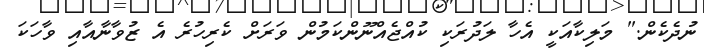
ނުދެކެން." މަލިކާއަކީ އެހާ ލަދުރަކި ކުުއްޖެއްނޫންކަމުން ވަރަށް ކެރިހުރެ އެ ޒުވާނާއާއި ވާހަކަ